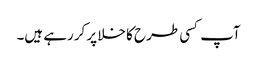
آپ کسی طرح کا خلا پر کررہے ہیں۔